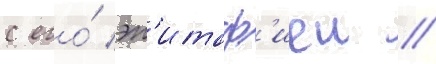
с его́ эп'итаф'иеи //